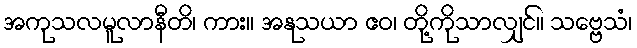
အကုသလမူလာနီတိ၊ ကား။ အနုသယာ ဧဝ၊ တို့ကိုသာလျှင်။ သဗ္ဗေသံ၊